Riigikantselei, lk 123
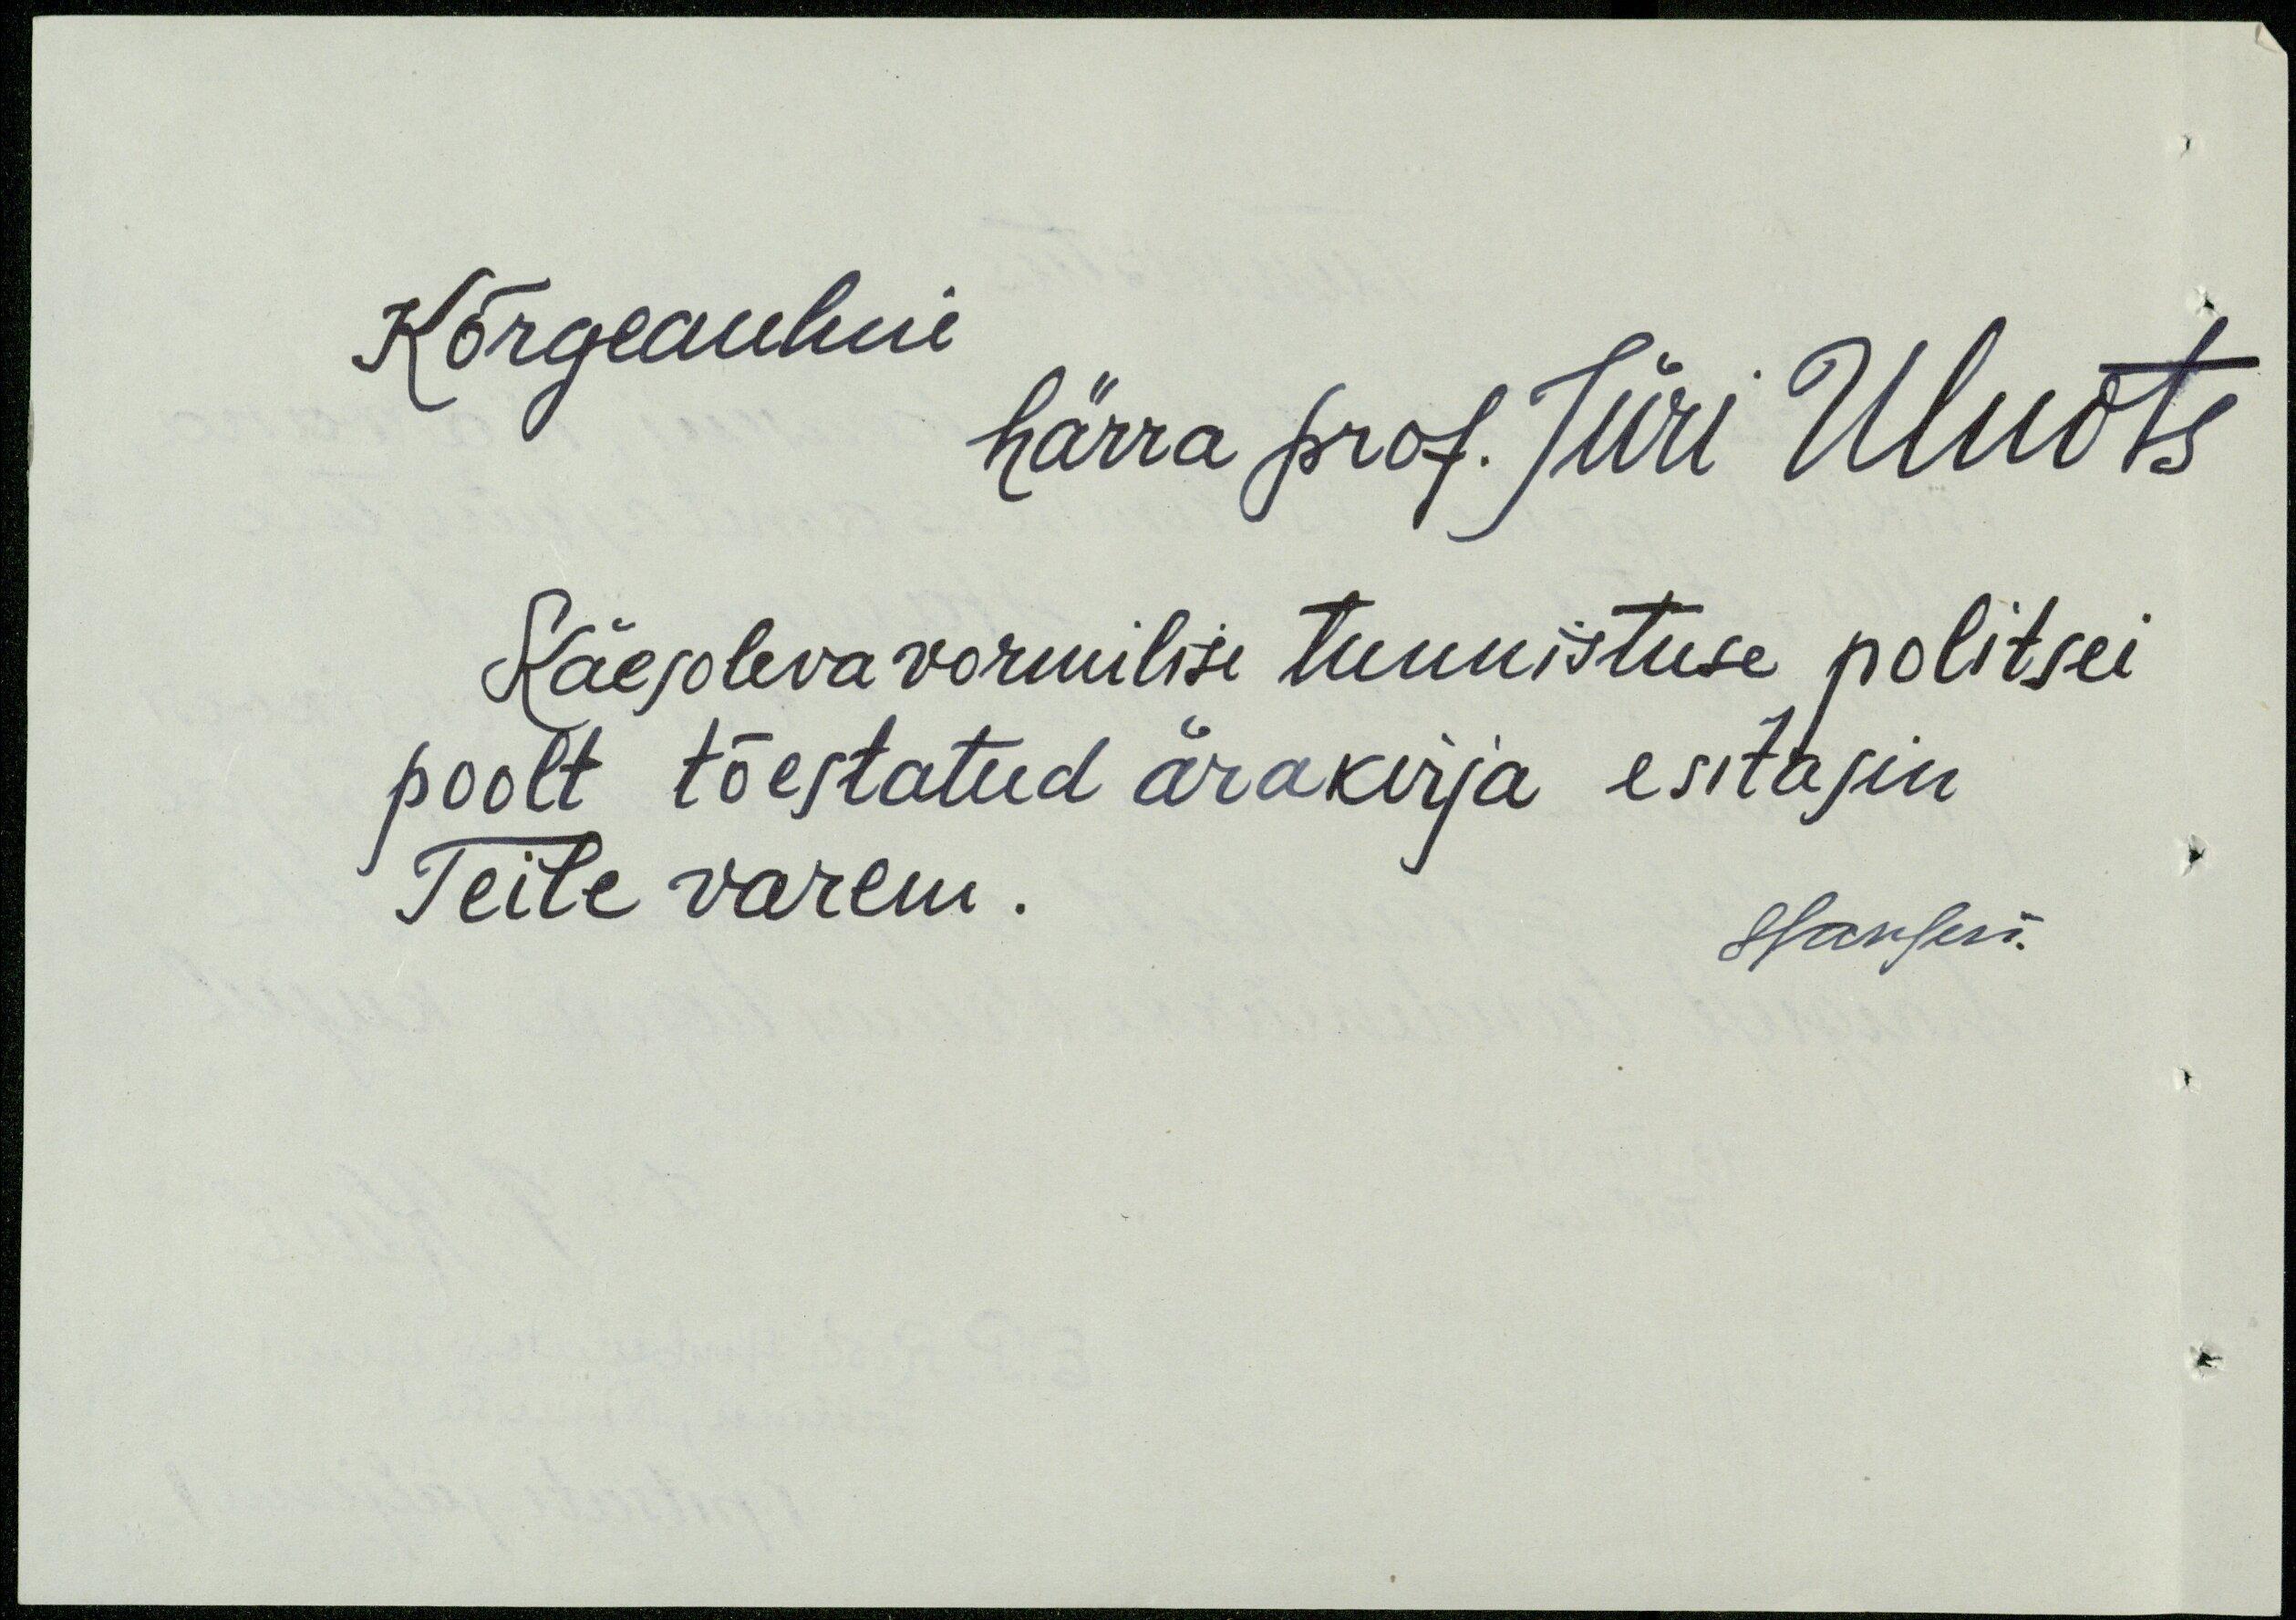
Kõrgeauline
härra prof. Jüri Uluots
Käesolevavormilise tunnistuse politsei
poolt tõestatud ärakirja esitasin
Teile varem.
Hansen.